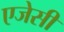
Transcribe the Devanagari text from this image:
एजेसी